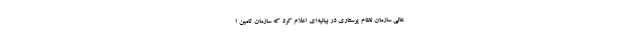
عالی سازمان نظام پرستاری در بیانیه‌ای اعلام کرد که سازمان تامین ا